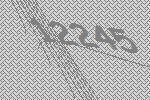
12245